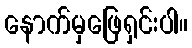
နောက်မှဖြေရှင်းပါ။